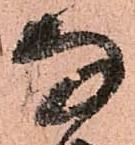
な